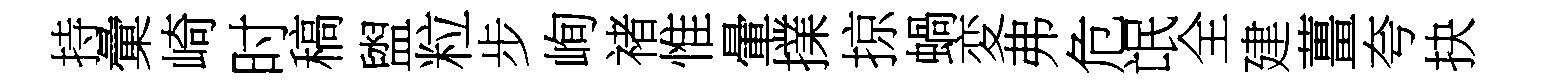
持彙崎时稿盥粒步峋禇惟暈擈掠蝸変弗危氓全建薑夸抉